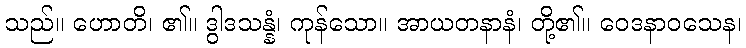
သည်။ ဟောတိ၊ ၏။ ဒွါဒသန္နံ၊ ကုန်သော။ အာယတနာနံ၊ တို့၏။ ဝေဒနာဝသေန၊